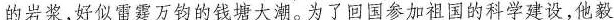
的岩浆，好似雷霆万钧的钱塘大潮。为了回国参加祖国的科学建设，他毅